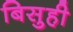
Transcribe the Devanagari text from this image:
बिसुही